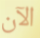
الآن